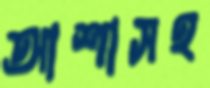
আশাসহ